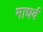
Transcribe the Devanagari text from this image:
माधर्व